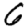
Digit: 6